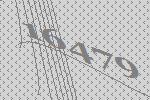
16479